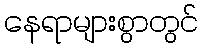
နေရာများစွာတွင်